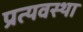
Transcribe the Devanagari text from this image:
प्रत्यवस्था